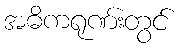
အဓိကရုဏ်းတွင်